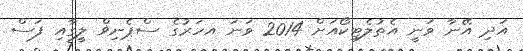
އަދި އޭނާ ވަނީ އެތުލެޓިކޯއަށް 2014 ވަނަ އހަރުގެ ސްޕެނިޥް ލީގާއި ފަސް